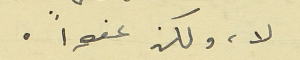
لا، ولكن عفواً.